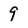
Character: 9